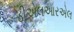
ડીએલઆરએલ